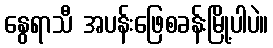
နွေရာသီ အပန်းဖြေစခန်းမြို့ပါပဲ။